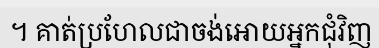
។ គាត់ប្រហែលជាចង់អោយអ្នកជុំវិញ